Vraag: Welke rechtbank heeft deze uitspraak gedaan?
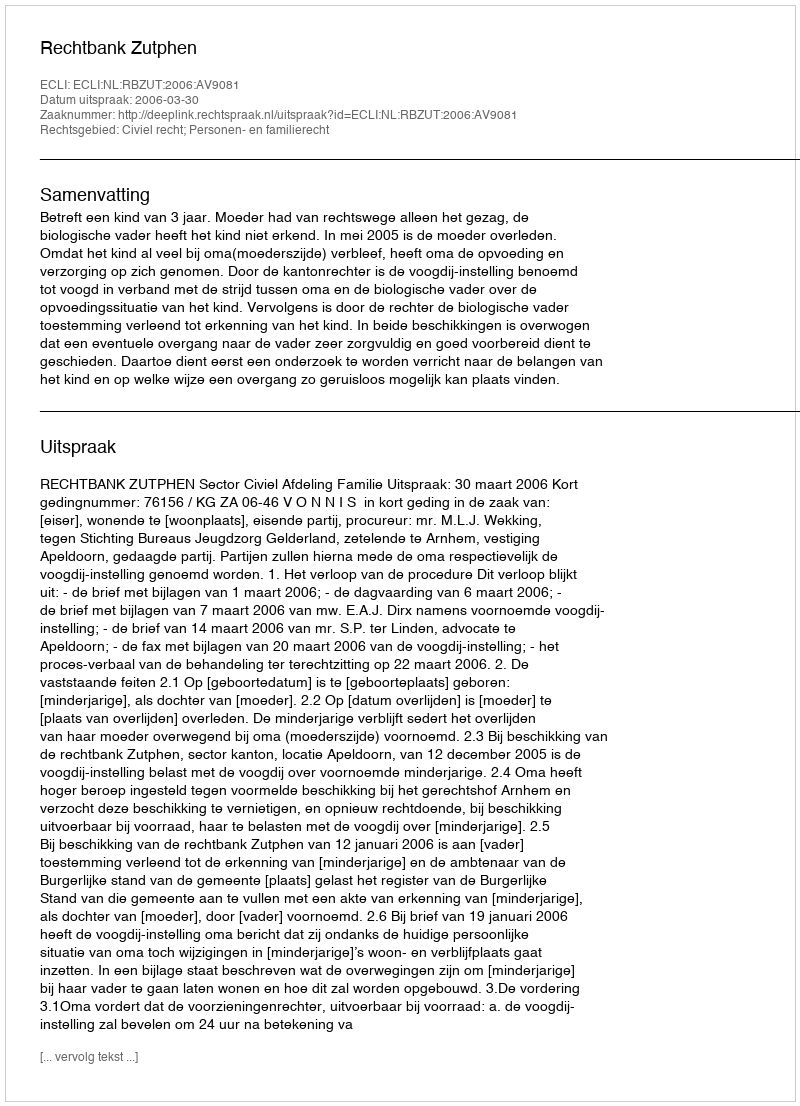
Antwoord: Rechtbank Zutphen